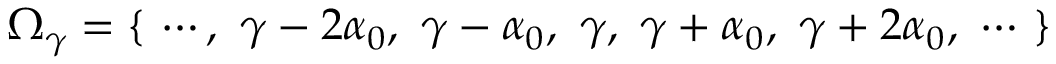
\mathcal { \Omega } _ { \gamma } = \{ \ \cdots , \ \gamma - 2 \alpha _ { 0 } , \ \gamma - \alpha _ { 0 } , \ \gamma , \ \gamma + \alpha _ { 0 } , \ \gamma + 2 \alpha _ { 0 } , \ \cdots \ \}